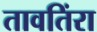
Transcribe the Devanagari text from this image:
तावतिंरा